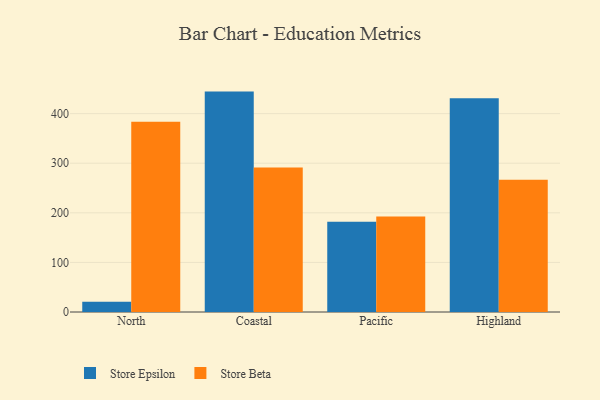
{"axis": {"x": "Region", "y": "Shipments"}, "legend": ["Store Beta", "Store Epsilon"], "data": [{"x": "North", "y": 20.9, "type": "Store Epsilon"}, {"x": "North", "y": 383.5, "type": "Store Beta"}, {"x": "Coastal", "y": 444.4, "type": "Store Epsilon"}, {"x": "Coastal", "y": 291.2, "type": "Store Beta"}, {"x": "Pacific", "y": 182.2, "type": "Store Epsilon"}, {"x": "Pacific", "y": 192.7, "type": "Store Beta"}, {"x": "Highland", "y": 431.2, "type": "Store Epsilon"}, {"x": "Highland", "y": 266.5, "type": "Store Beta"}]}